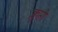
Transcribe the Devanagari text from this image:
क्लृप्ती